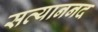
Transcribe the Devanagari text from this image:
सत्याननद